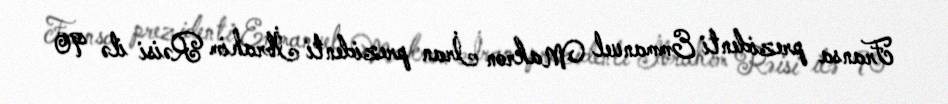
Fransa prezidenti Emmanuel Makron İran prezidenti İbrahim Rəisi ilə 90